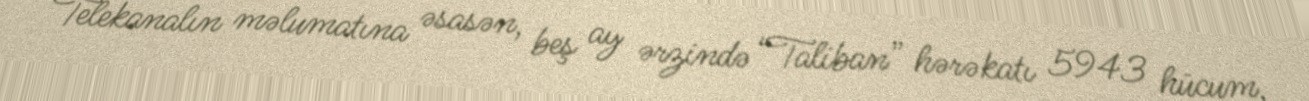
Telekanalın məlumatına əsasən, beş ay ərzində “Taliban” hərəkatı 5943 hücum,